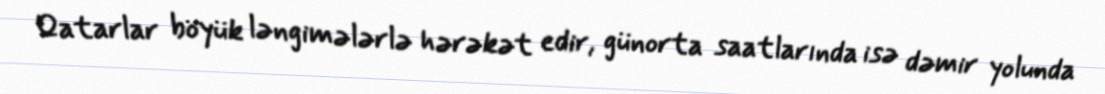
Qatarlar böyük ləngimələrlə hərəkət edir, günorta saatlarında isə dəmir yolunda